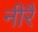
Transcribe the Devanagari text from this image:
नीरै